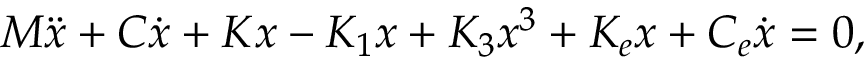
M \ddot { x } + C \dot { x } + K x - K _ { 1 } x + K _ { 3 } x ^ { 3 } + K _ { e } x + C _ { e } \dot { x } = 0 ,